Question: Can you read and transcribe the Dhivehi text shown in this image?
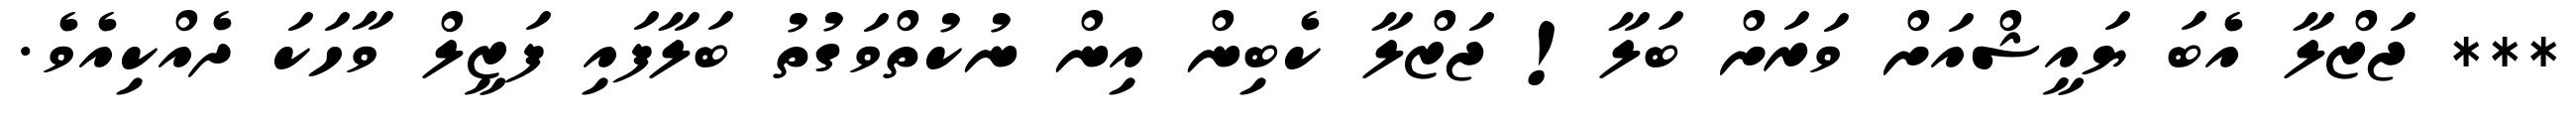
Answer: *** ޖަޒްލާ އެބަ ޔައީޝްއަށް ވަރަށް ބަލާ! ޖަޒްލާ ކެބިން އިން ނުކުތްވަގުތު ބަލާފައި ފަޒީލް ވާހަކަ ދެއްކިއެވެ.